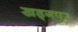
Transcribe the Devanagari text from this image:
खड्‍गपुर